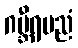
ဂဗ္ဘီရပညံ